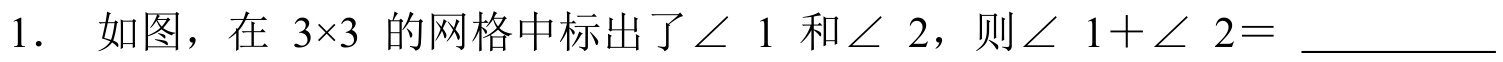
1. 如图，在 \(3\times3\) 的网格中标出了\(\angle 1\) 和\(\angle 2\)，则\(\angle 1+\angle 2 = \_\_\_\_\_\_\)